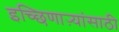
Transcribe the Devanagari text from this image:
इच्छिणाऱ्यांसाठी